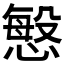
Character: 𭞠